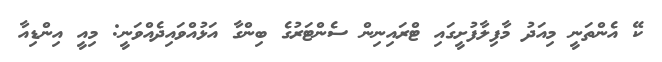
ކޭ އެންތަނީ މިއަދު މާފިލާފުށީގައި ޓްރައިނިން ސެންޓަރުގެ ބިންގާ އަޅުއްވައިދެއްވަނީ: މިއީ އިންޑިއާ